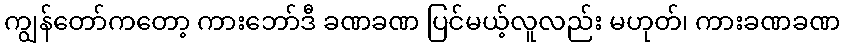
ကျွန်တော်ကတော့ ကားဘော်ဒီ ခဏခဏ ပြင်မယ့်လူလည်း မဟုတ်၊ ကားခဏခဏ